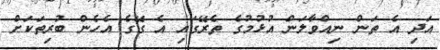
އަދި އެ ތަން ނިއްވާލަން އުޅުމުގެ ތެރޭގައި އެ ގޭގެ އެހެން ބުރިތަކަށް